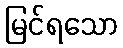
မြင်ရသော